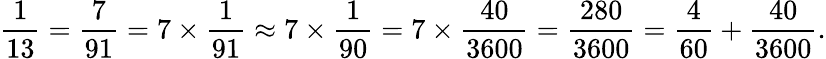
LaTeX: {\frac{1}{13}}={\frac{7}{91}}=7\times{\frac{1}{91}}\approx 7\times{\frac{1}{90}}=7\times{\frac{40}{3600}}={\frac{280}{3600}}={\frac{4}{60}}+{\frac{40}{3600}}.